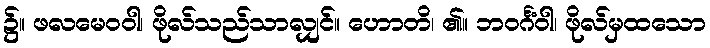
၌။ ဖလမေဝဝါ၊ ဖိုလ်သည်သာလျှင်။ ဟောတိ၊ ၏။ ဘဝင်္ဂံဝါ၊ ဖိုလ်မှထသော